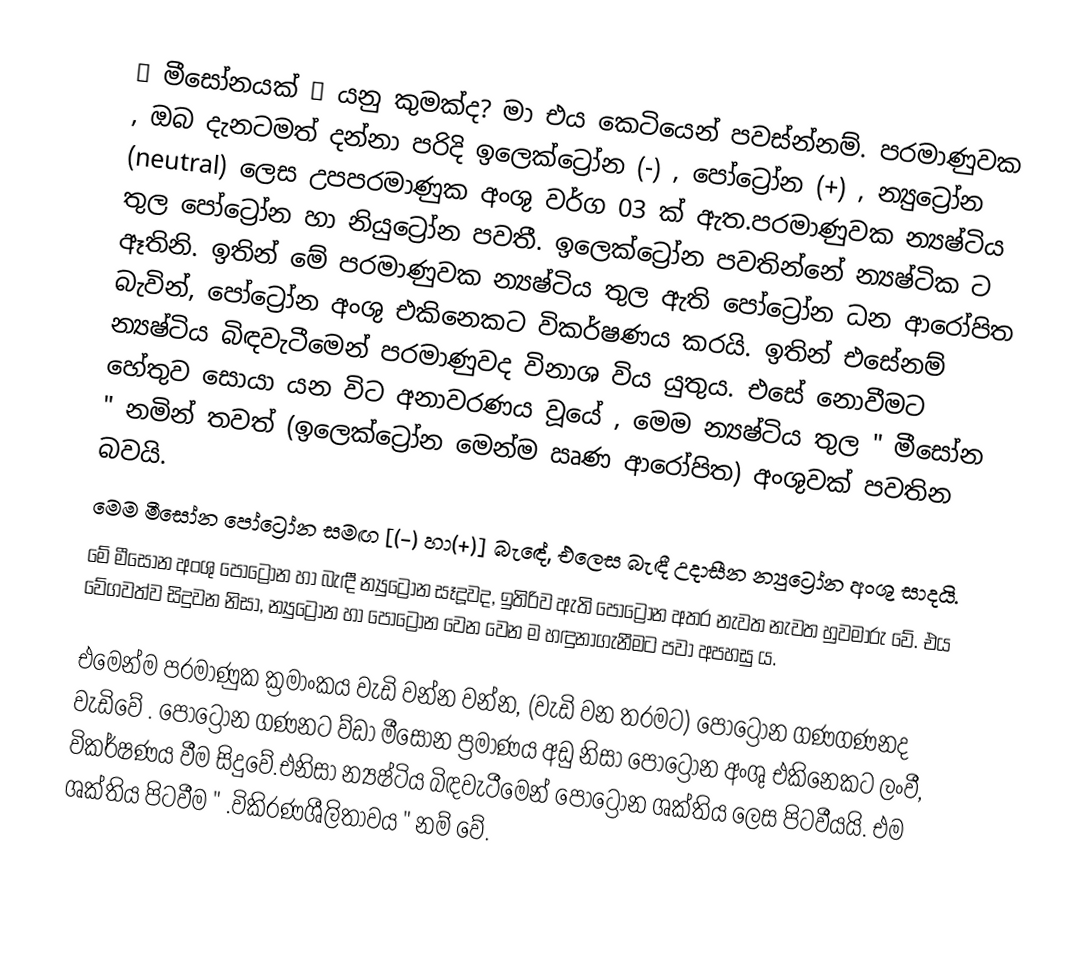
❝ මීසෝනයක් ❞ යනු කුමක්ද? මා එය කෙටියෙන් පවස්න්නම්. පරමාණුවක , ඔබ දැනටමත් දන්නා පරිදි ඉලෙක්ට්‍රෝන (-) , පෝට්‍රෝන (+) , න්‍යුට්‍රෝන (neutral) ලෙස උපපරමාණුක අංශු වර්ග 03 ක් ඇත.පරමාණුවක න්‍යෂ්ටිය තුල පෝට්‍රෝන හා නියුට්‍රෝන පවතී. ඉලෙක්ට්‍රෝන පවතින්නේ න්‍යෂ්ටික ට ඈතිනි. ඉතින් මේ පරමාණුවක න්‍යෂ්ටිය තුල ඇති පෝට්‍රෝන ධන ආරෝපිත බැවින්, පෝට්‍රෝන අංශු  එකිනෙකට විකර්ෂණය කරයි. ඉතින් එසේනම් න්‍යෂ්ටිය බිඳවැටීමෙන් පරමාණුවද විනාශ විය යුතුය. එසේ නොවීමට හේතුව සොයා යන විට අනාවරණය වූයේ , මෙම න්‍යෂ්ටිය තුල " මීසෝන " නමින් තවත් (ඉලෙක්ට්‍රෝන මෙන්ම ඍණ ආරෝපිත) අංශුවක් පවතින බවයි.
        මෙම මීසෝන පෝට්‍රෝන සමඟ [(-) හා(+)] බැඳේ, එලෙස බැඳී උදාසීන න්‍යුට්‍රෝන අංශු සාදයි.
          මේ මීසෝන අංශු පෝට්‍රෝන හා බැඳී න්‍යුට්‍රෝන සෑදූවද, ඉතිරිව ඇති පෝට්‍රෝන අතර නැවත නැවත හුවමාරු වේ. එය වේගවත්ව සිදුවන නිසා, න්‍යුට්‍රෝන හා පෝට්‍රෝන වෙන වෙන ම හඳුනාගැනීමට   පවා අපහසු ය.

 එමෙන්ම පරමාණුක ක්‍රමාංකය වැඩි වන්න වන්න, (වැඩි වන තරමට) පෝට්‍රෝන ගණගණනද වැඩිවේ . පෝට්‍රෝන ගණනට ව්ඩා මීසෝන ප්‍රමාණය අඩු නිසා පෝට්‍රෝන අංශු එකිනෙකට ලංවී, විකර්ෂණය වීම සිදුවේ.එනිසා න්‍යෂ්ටිය බිඳවැටීමෙන් පෝට්‍රෝන ශක්තිය ලෙස පිටවීයයි. එම ශක්තිය පිටවීම " .විකිරණශීලිතාවය " නම් වේ.